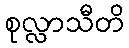
စုလ္လာသီတိ